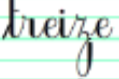
treize